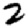
Digit: 2